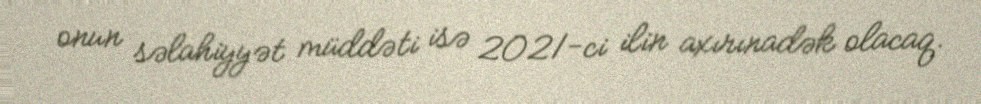
onun səlahiyyət müddəti isə 2021-ci ilin axırınadək olacaq.